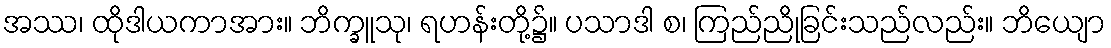
အဿ၊ ထိုဒါယကာအား။ ဘိက္ခူသု၊ ရဟန်းတို့၌။ ပသာဒါ စ၊ ကြည်ညိုခြင်းသည်လည်း။ ဘိယျော